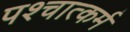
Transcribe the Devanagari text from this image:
पश्चात्कर्म